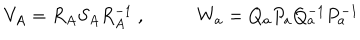
V _ { A } = R _ { A } S _ { A } R _ { A } ^ { - 1 } ~ , ~ ~ W _ { a } = Q _ { a } P _ { a } Q _ { a } ^ { - 1 } P _ { a } ^ { - 1 }